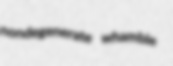
nondegenerate whamble